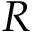
R